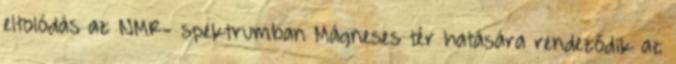
eltolódás az NMR- spektrumban Mágneses tér hatására rendeződik az